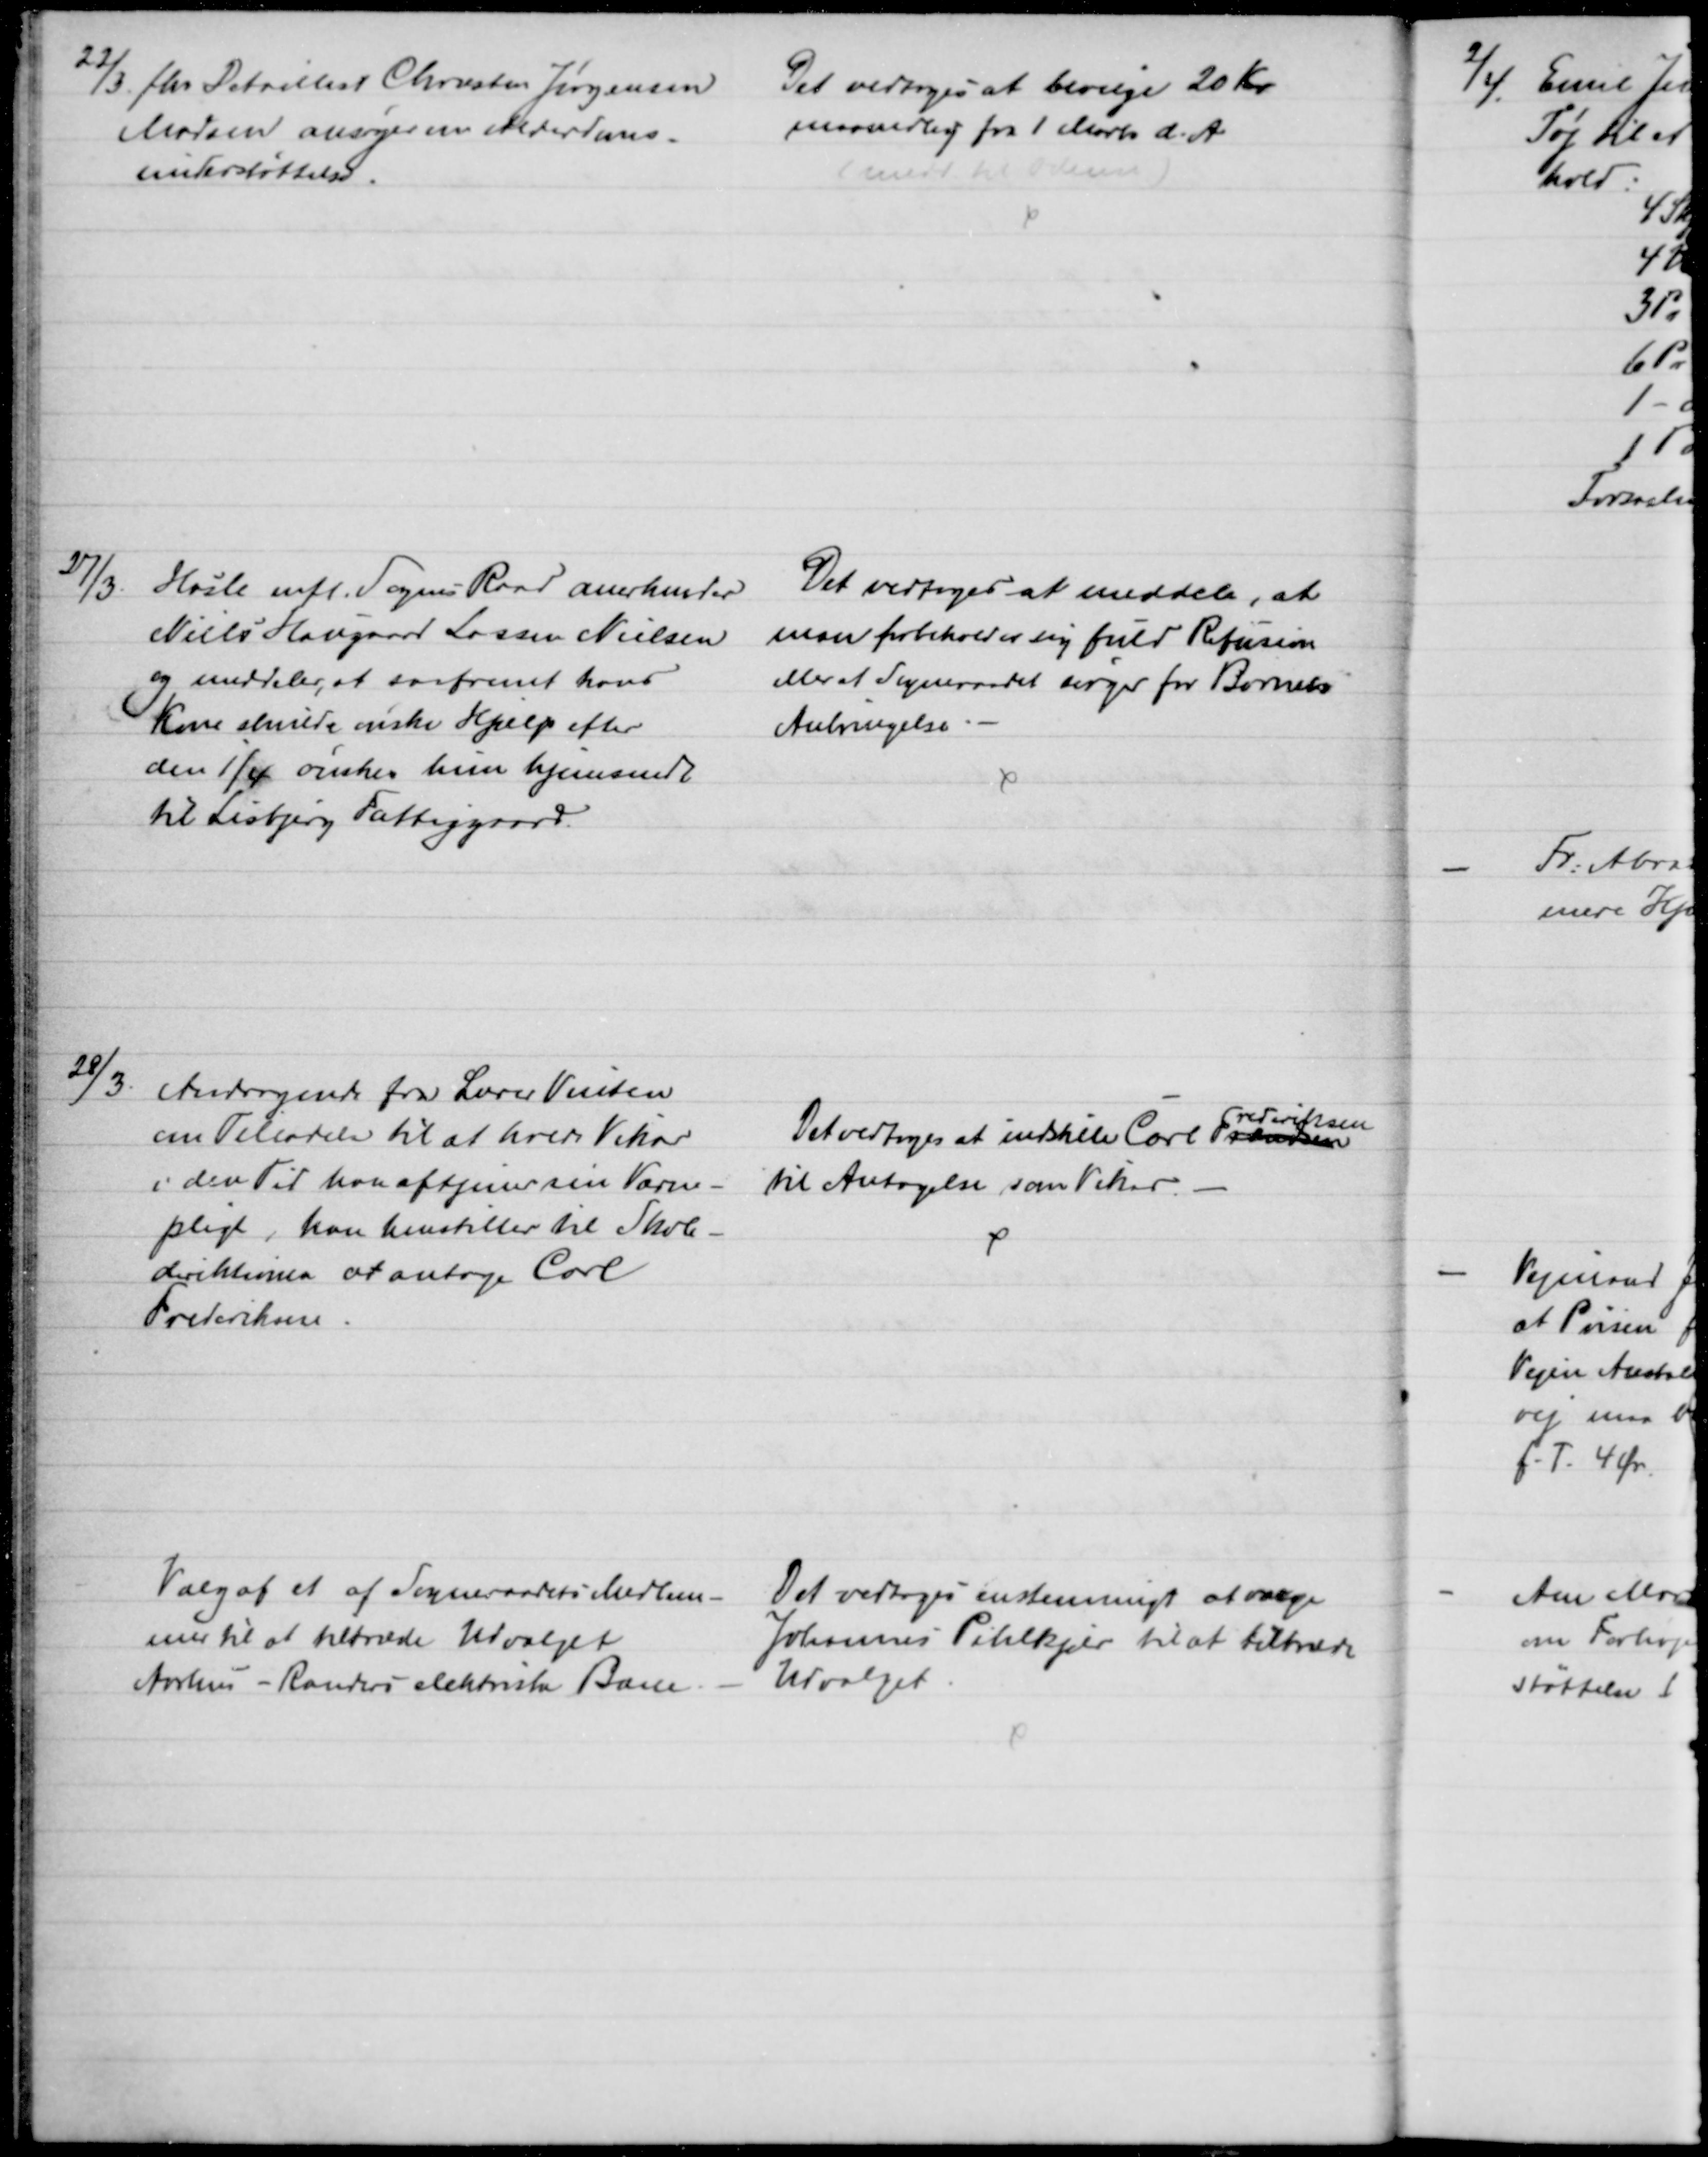
Transskription:
22/3. fhv. Detaillist Christen Jørgensen
Madsen ansøger om Alderdoms-
understøttelse.
Det vedtoges at bevilge 20 Kr
maanedlig fra 1 Marts d. A.
27/3.
Hasle mfl. Sognes Raad anerkender
Niels Hougaard Lassen Nielsen
og meddeler, at saafremt hans
Kone skulde ønske Hjælp efter
den 1/4 ønskes hun hjemsendt 
til Lisbjerg Fattiggaard.
Det vedtoges at meddele, at
man forbeholder sig fuld Refusion
eller at Sogneraadet sørger for Barnets
Anbringelse
28/3
Andragende fra Lærer Vinten
om Tilladelse til at holde Vikar
i den Tid har aftjener sin Værne-
pligt, han henstiller til Skole-
direktionen at antage Carl 
Frederiksen.
Det vedtoges at indstille Carl Frandsen
rederiksen
til Antagelse som Vikar.
Valg af et af Sogneraadets Medlem-
mer til at tiltræde Udvalget
Aarhus - Randers elektriske Bane.
Det vedtoges enstemmigt at vælge
Johannes Pihlkjær til at tiltræde
Udvalget.